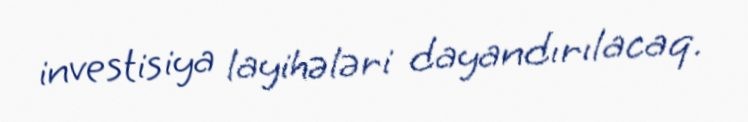
investisiya layihələri dayandırılacaq.